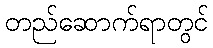
တည်ဆောက်ရာတွင်